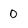
Character: 0